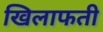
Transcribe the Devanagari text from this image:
खिलाफती